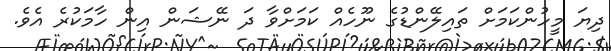
ދިޔަ މީހުންކަމަށް ތައިލޭންޑުގެ ނޫހެއް ކަމަށްވާ ދަ ނޭޝަން އިން ހާމަކުރެ އެވެ.